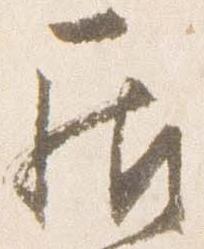
居